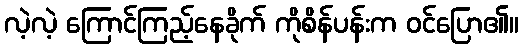
လဲ့လဲ့ ကြောင်ကြည့်နေခိုက် ကိုစိန်ပန်းက ဝင်ပြော၏။